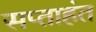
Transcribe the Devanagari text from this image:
सप्‍ताहंत